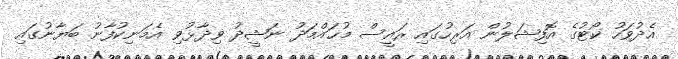
އެދުވަހު ކޯޓުގެ އޮފިޝަލުން އަރިހުގައި ރައީސް މުޙައްމަދު ނަޝީދު ވިދާޅުވި އެމަނިކުފާނު ބަޔާނުގައި